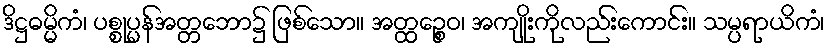
ဒိဋ္ဌဓမ္မိကံ၊ ပစ္စုပ္ပန်အတ္တဘော၌ ဖြစ်သော။ အတ္ထဉ္စေဝ၊ အကျိုးကိုလည်းကောင်း။ သမ္ပရာယိကံ၊